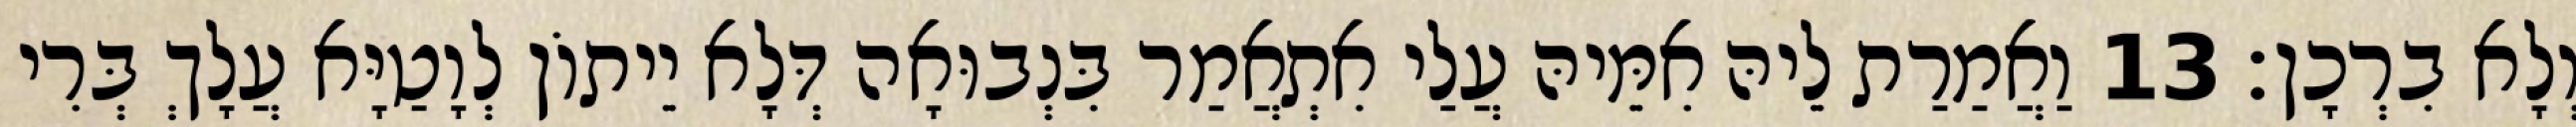
וְלָא בִרְכָן׃ 13 וַאֲמַרַת לֵיהּ אִמֵּיהּ עֲלַי אִתְאֲמַר בִּנְבוּאָה דְּלָא יֵיתוֹן לְוָטַיָּא עֲלָךְ בְּרִי